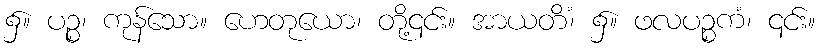
၌။ ပဉ္စ၊ ကုန်သော။ ဟေတုယော၊ တို့၎င်း။ အာယတိံ၊ ၌။ ဖလပဉ္စကံ၊ ၎င်း။